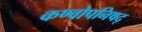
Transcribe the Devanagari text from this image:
कण्वोपनिषद्‌